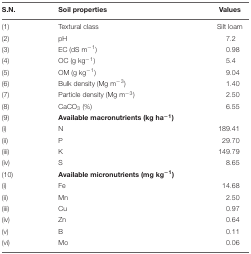
<table><thead><tr><td><b>S.N.</b></td><td><b>Soil properties</b></td><td><b>Values</b></td></tr></thead><tbody><tr><td>(1)</td><td>Textural class</td><td>Silt loam</td></tr><tr><td>(2)</td><td>pH</td><td>7.2</td></tr><tr><td>(3)</td><td>EC (dS m<sup>−1</sup>)</td><td>0.98</td></tr><tr><td>(4)</td><td>OC (g kg<sup>−1</sup>)</td><td>5.4</td></tr><tr><td>(5)</td><td>OM (g kg<sup>−1</sup>)</td><td>9.04</td></tr><tr><td>(6)</td><td>Bulk density (Mg m<sup>−3</sup>)</td><td>1.40</td></tr><tr><td>(7)</td><td>Particle density (Mg m<sup>−3</sup>)</td><td>2.50</td></tr><tr><td>(8)</td><td>CaCO<sub>3</sub> (%)</td><td>6.55</td></tr><tr><td>(9)</td><td><b>Available macronutrients (kg ha<sup>−1</sup>)</b></td><td></td></tr><tr><td>(i)</td><td>N</td><td>189.41</td></tr><tr><td>(ii)</td><td>P</td><td>29.70</td></tr><tr><td>(iii)</td><td>K</td><td>149.79</td></tr><tr><td>(iv)</td><td>S</td><td>8.65</td></tr><tr><td>(10)</td><td><b>Available micronutrients (mg kg<sup>−1</sup>)</b></td><td></td></tr><tr><td>(i)</td><td>Fe</td><td>14.68</td></tr><tr><td>(ii)</td><td>Mn</td><td>2.50</td></tr><tr><td>(iii)</td><td>Cu</td><td>0.97</td></tr><tr><td>(iv)</td><td>Zn</td><td>0.64</td></tr><tr><td>(v)</td><td>B</td><td>0.11</td></tr><tr><td>(vi)</td><td>Mo</td><td>0.06</td></tr></tbody></table>